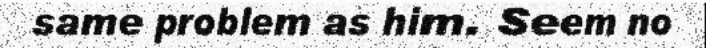
same problem as him. Seem no